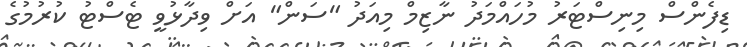
ޑިފެންސް މިނިސްޓަރު މުހައްމަދު ނާޒިމް މިއަދު "ސަން" އަށް ވިދާޅުވީ ޓެސްޓު ކުުރުމުގެ